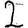
Digit: 2